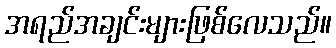
အရည်အချင်းများဖြစ်လေသည်။